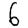
Digit: 6